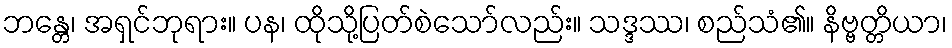
ဘန္တေ၊ အရှင်ဘုရား။ ပန၊ ထိုသို့ပြတ်စဲသော်လည်း။ သဒ္ဒဿ၊ စည်သံ၏။ နိဗ္ဗတ္တိယာ၊